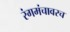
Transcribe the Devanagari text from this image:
रंगमंचावरच